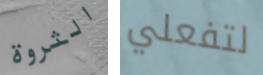
الثروة لتفعلي